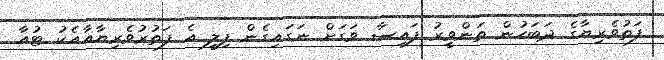
ފަތުވެރިޔާގެ ދަބަހުން ތަންވީރު ފައިސާ ވަގަށް ނަގައިގެން ފިލީ އެ ފަތުރުވެރިޔާއާއެކު ޓުއާ